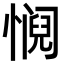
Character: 𫻁